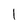
Character: 1